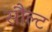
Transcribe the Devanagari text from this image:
सौल्ट